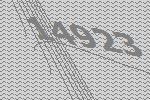
14923